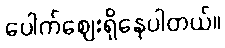
ပေါက်ဈေးရှိနေပါတယ်။